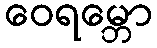
ဝေရမ္ဘော